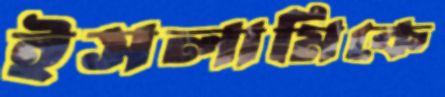
ইসলামিকে